Annual report of the Civil Veterinary Department, Bengal, and of the Bengal Veterinary College, for the year 1900-1901 - 1900-1901
Year: 1900
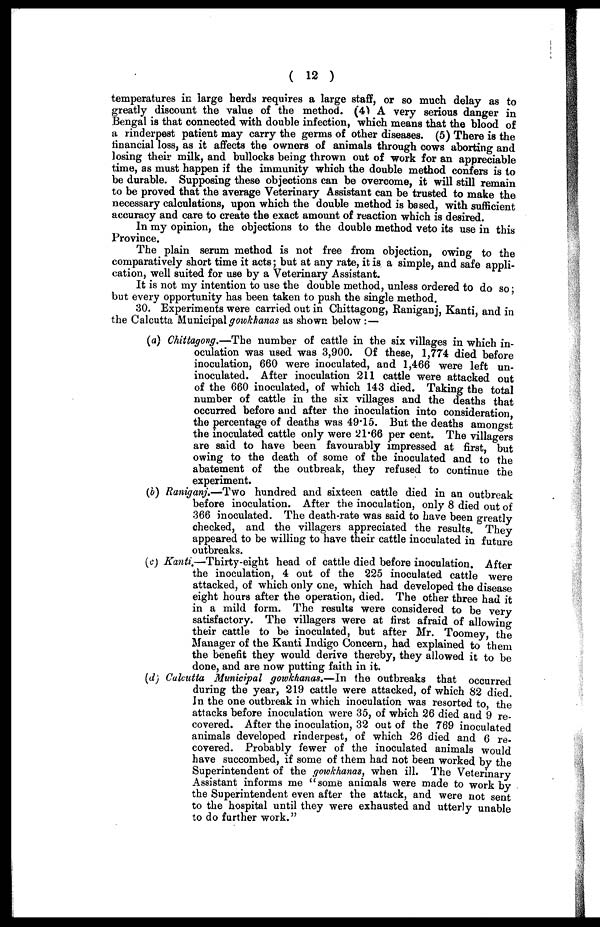
( 12 )
temperatures in large herds requires a large staff, or so much delay as to
greatly discount the value of the method. (4) A very serious danger in
Bengal is that connected with double infection, which means that the blood of
a rinderpest patient may carry the germs of other diseases. (5) There is the
financial loss, as it affects the owners of animals through cows aborting and
losing their milk, and bullocks being thrown out of work for an appreciable
time, as must happen if the immunity which the double method confers is to
be durable. Supposing these objections can be overcome, it will still remain
to be proved that the average Veterinary Assistant can be trusted to make the
necessary calculations, upon which the double method is based, with sufficient
accuracy and care to create the exact amount of reaction which is desired.
In my opinion, the objections to the double method veto its use in this
Province.
The plain serum method is not free from objection, owing to the
comparatively short time it acts; but at any rate, it is a simple, and safe appli-
cation, well suited for use by a Veterinary Assistant.
It is not my intention to use the double method, unless ordered to do so ;
but every opportunity has been taken to push the single method.
30. Experiments were carried out in Chittagong, Raniganj, Kanti, and in
the Calcutta Municipal gowkhanas as shown below : —
(a) Chittagong,—The number of cattle in the six villages in which in-
oculation was used was 3,900. Of these, 1,774 died before
inoculation, 660 were inoculated, and 1,466 were left un-
inoculated. After inoculation 211 cattle were attacked out
of the 660 inoculated, of which 143 died. Taking the total
number of cattle in the six villages and the deaths that
occurred before and after the inoculation into consideration,
the percentage of deaths was 49.15. But the deaths amongst
the inoculated cattle only were 21.66 per cent. The villagers
are said to have been favourably impressed at first, but
owing to the death of some of the inoculated and to the
abatement of the outbreak, they refused to continue the
experiment.
(b) Raniganj.—Two hundred and sixteen cattle died in an outbreak
before inoculation. After the inoculation, only 8 died out of
366 inoculated. The death-rate was said to have been greatly
checked, and the villagers appreciated the results. They
appeared to be willing to have their cattle inoculated in future
outbreaks.
(c) Kanti.—Thirty-eight head of cattle died before inoculation. After
the inoculation, 4 out of the 225 inoculated cattle were
attacked, of which only one, which had developed the disease
eight hours after the operation, died. The other three had it
in a mild form. The results were considered to be very
satisfactory. The villagers were at first afraid of allowing
their cattle to be inoculated, but after Mr. Toomey, the
Manager of the Kanti Indigo Concern, had explained to them
the benefit they would derive thereby, they allowed it to be
done, and are now putting faith in it.
(d) Calcutta Municipal gowkhanas.—In the outbreaks that occurred
during the year, 219 cattle were attacked, of which 82 died.
In the one outbreak in which inoculation was resorted to, the
attacks before inoculation were 35, of which 26 died and 9 re-
covered. After the inoculation, 32 out of the 769 inoculated
animals developed rinderpest, of which 26 died and 6 re-
covered. Probably fewer of the inoculated animals would
have succombed, if some of them had not been worked by the
Superintendent of the gowkhanas, when ill. The Veterinary
Assistant informs me "some animals were made to work by
the Superintendent even after the attack, and were not sent
to the hospital until they were exhausted and utterly unable
to do further work."